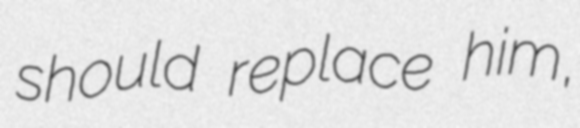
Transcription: should replace him,